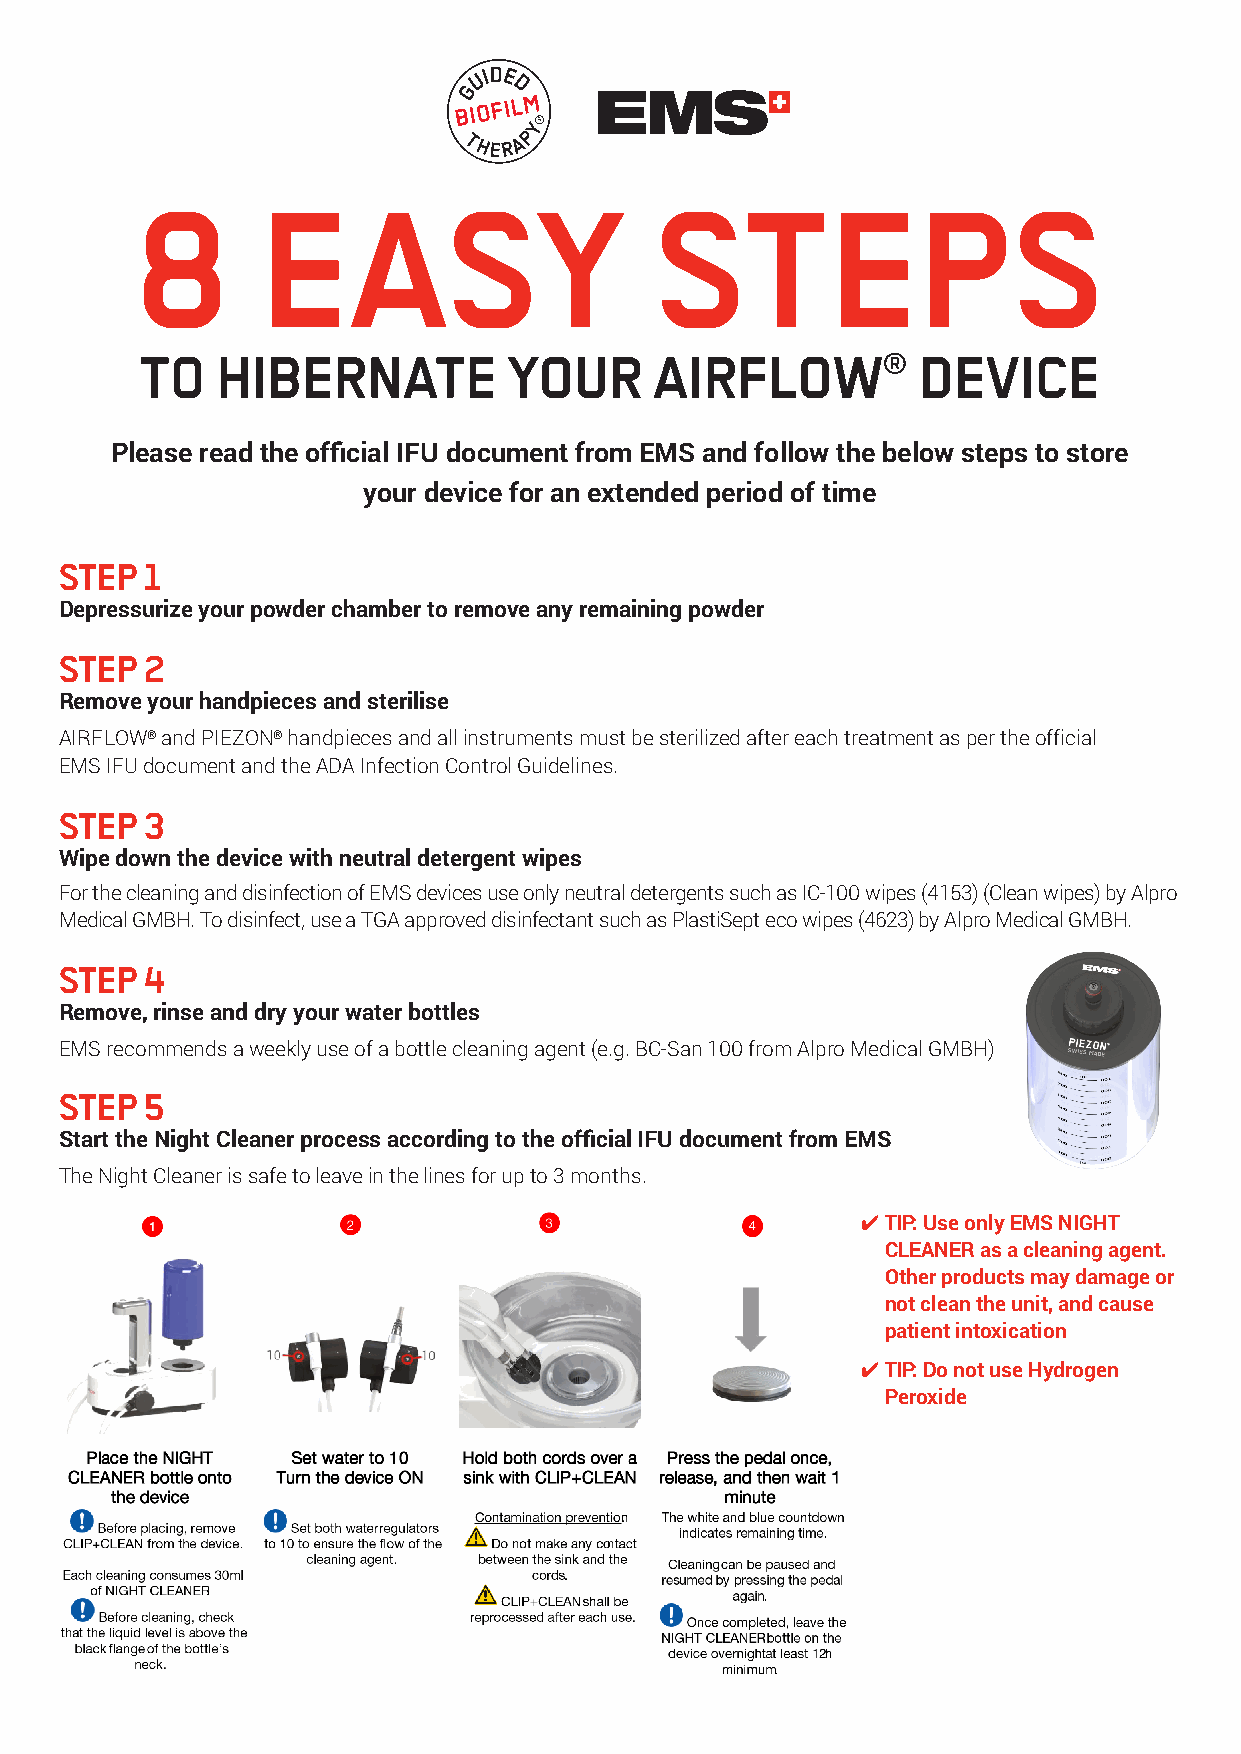
MAKE ME SMILE.
 8       EASY                      STEPS
 TO   HIBERNATE           YOUR     AIRFLOW        ®  DEVICE
 Please read the official IFU document from EMS and follow the below steps to store
 your device for an extended period of time
 STEP  1
 Depressurize your powder chamber to remove any remaining powder
 STEP  2
 Remove your handpieces and sterilise
 AIRFLOW® and PIEZON® handpieces and all instruments must be sterilized after each treatment as per the official
 EMS IFU document and the ADA Infection Control Guidelines.
 STEP  3
 Wipe down the device with neutral detergent wipes
 For the cleaning and disinfection of EMS devices use only neutral detergents such as IC-100 wipes (4153) (Clean wipes) by Alpro
 Medical GMBH. To disinfect, use a TGA approved disinfectant such as PlastiSept eco wipes (4623) by Alpro Medical GMBH.
 STEP  4
 Remove, rinse and dry your water bottles
 EMS recommends a weekly use of a bottle cleaning agent (e.g. BC-San 100 from Alpro Medical GMBH)
 STEP  5
 Start the Night Cleaner process according to the official IFU document from EMS
 The Night Cleaner is safe to leave in the lines for up to 3 months.
 4 TIP: Use only EMS NIGHT
 CLEANER as a cleaning agent.
 Other products may damage or
 not clean the unit, and cause
 patient intoxication
 4 TIP: Do not use Hydrogen
 Peroxide